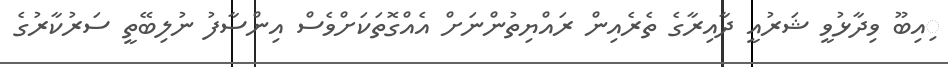
ިއިބޫ ވިދާޅުވީ ޝަރުއީ ދާއިރާގެ ތެރެއިން ރައްޔިތުންނަށް އެއްގޮތަކަށްވެސް އިންސާފު ނުލިބޭތީ ސަރުކާރުގެ